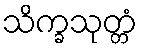
သိက္ခသုတ္တံ